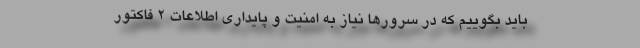
باید بگوییم که در سرورها نیاز به امنیت و پایداری اطلاعات 2 فاکتور